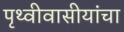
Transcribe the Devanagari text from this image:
पृथ्वीवासीयांचा